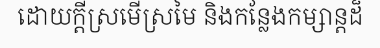
ដោយក្តីស្រមើស្រមៃ និងកន្លែងកម្សាន្តដ៏